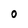
Character: 0